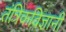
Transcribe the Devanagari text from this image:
तंत्रिकविज्ञानी